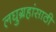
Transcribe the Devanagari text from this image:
लघुग्रहांसाठी